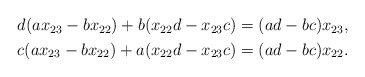
\begin{align*}\begin{aligned}d(ax_{23} - bx_{22}) + b(x_{22}d-x_{23}c) &= (ad-bc)x_{23}, \\c(ax_{23} - bx_{22}) + a(x_{22}d-x_{23}c) &= (ad-bc)x_{22}.\end{aligned}\end{align*}